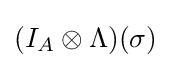
(I_{A}\otimes \Lambda )(\sigma )